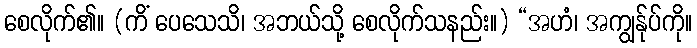
စေလိုက်၏။ (ကိံ ပေသေသိ၊ အဘယ်သို့ စေလိုက်သနည်း။) “အဟံ၊ အကျွန်ုပ်ကို။